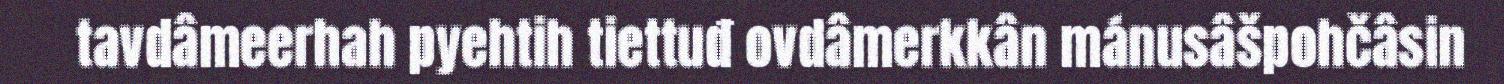
tavdâmeerhah pyehtih tiettuđ ovdâmerkkân mánusâšpohčâsin